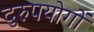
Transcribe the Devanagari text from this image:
दुरुपयोगों